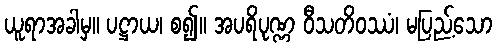
ယူရာအခါမှ။ ပဋ္ဌာယ၊ စ၍။ အပရိပုဏ္ဏ ဝီသတိဝဿံ၊ မပြည့်သော